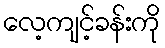
လေ့ကျင့်ခန်းကို